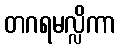
တဂရမလ္လိကာ